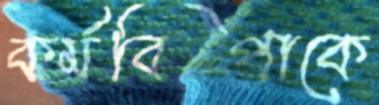
কর্মবিপাকে